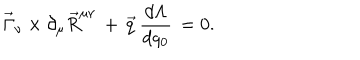
\vec { \Gamma } _ { \nu } \times \partial _ { \mu } \vec { R } ^ { \mu \nu } \, + \, \vec { q } \, \frac { d \Lambda } { d q _ { 0 } } \, = 0 .